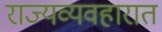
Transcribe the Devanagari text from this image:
राज्यव्यवहारात